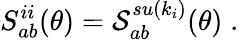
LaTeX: S_{ab}^{ii}(\theta)=\mathcal{S}_{ab}^{su(k_{i})}(\theta)\; .